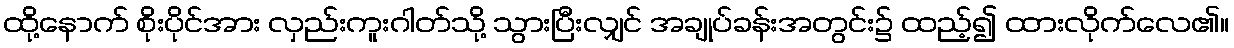
ထို့နောက် စိုးပိုင်အား လှည်းကူးဂါတ်သို့ သွားပြီးလျှင် အချုပ်ခန်းအတွင်း၌ ထည့်၍ ထားလိုက်လေ၏။